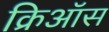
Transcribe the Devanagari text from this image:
क्रिऑस